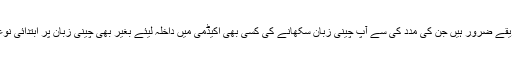
جبکہ اس کے علاوہ بھی کچھ ایسے منفرد طریقے ضرور ہیں جن کی مدد کی سے آپ چینی زبان سکھانے کی کسی بھی اکیڈمی میں داخلہ لیئے بغیر بھی چینی زبان پر ابتدائی نوعیت کی دسترس ضرور حاصل کر سکتے ہیں۔